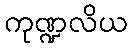
ကုဏ္ဍလိယ